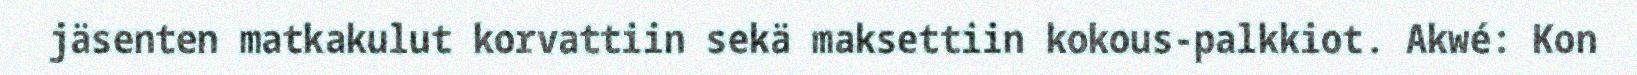
jäsenten matkakulut korvattiin sekä maksettiin kokous-palkkiot. Akwé: Kon